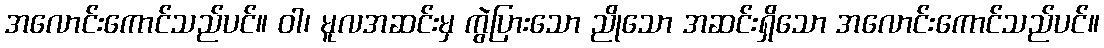
အလောင်းကောင်သည်ပင်။ ဝါ၊ မူလအဆင်းမှ ကွဲပြားသော ညိုသော အဆင်းရှိသော အလောင်းကောင်သည်ပင်။